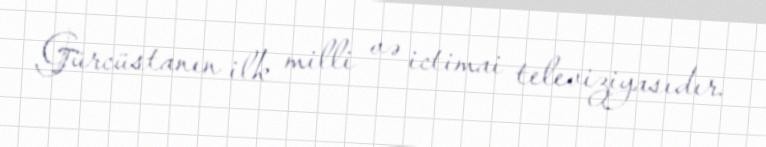
Gürcüstanın ilk milli və ictimai televiziyasıdır.